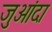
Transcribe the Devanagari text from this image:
जुआंदा